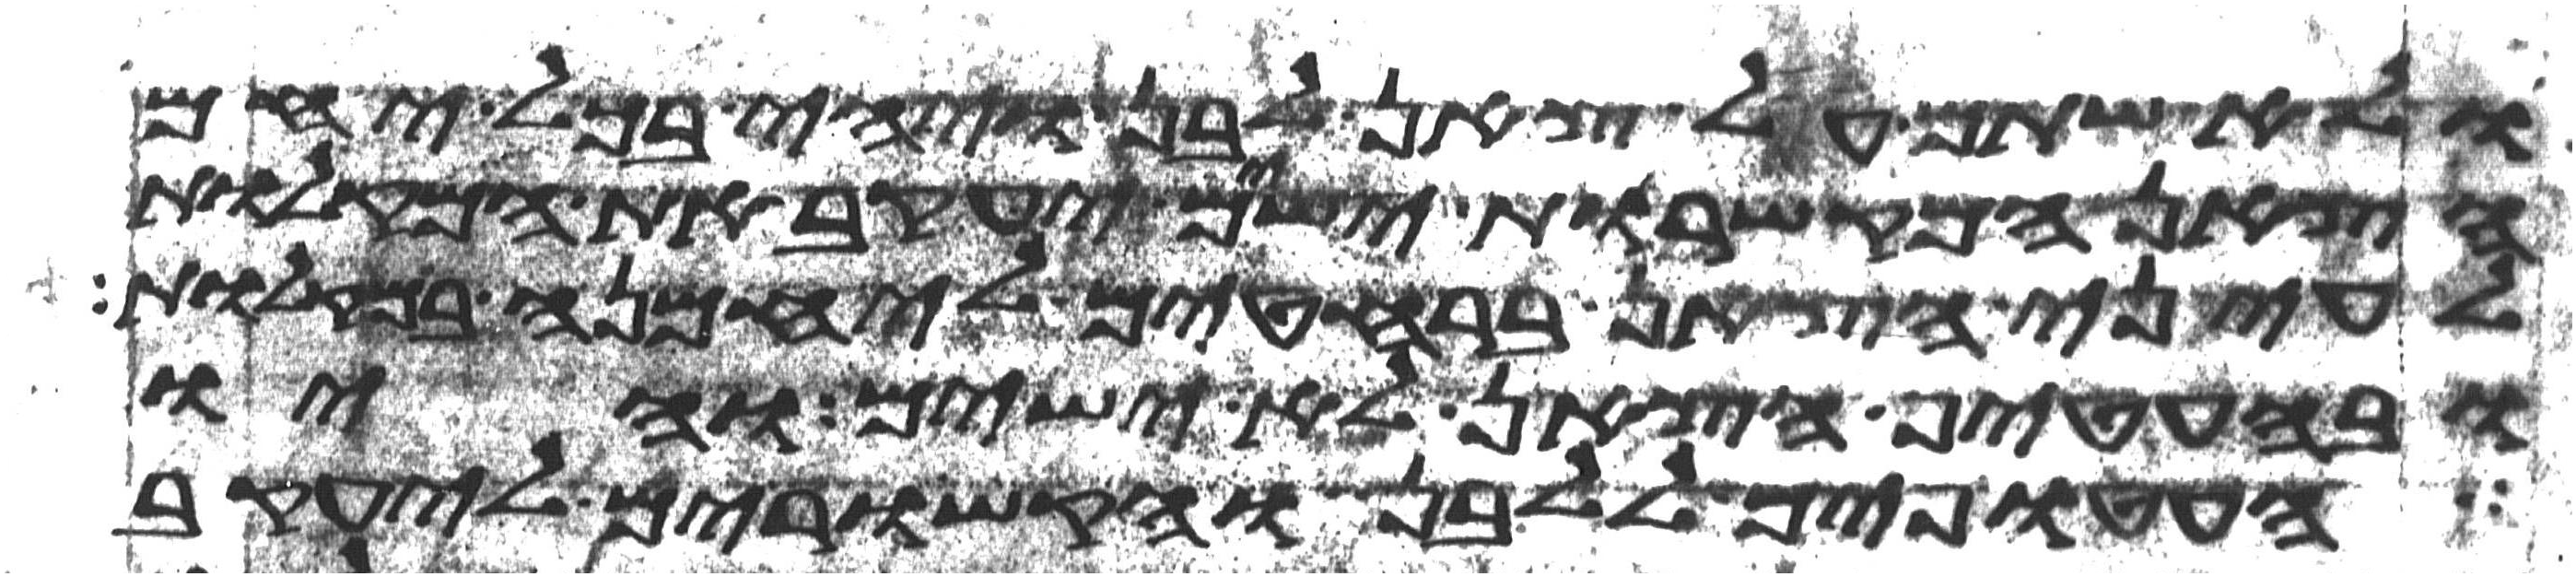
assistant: ולא שתם על צאן לבן ויהי בכל יחם
הצאן המקשרות ישים יעקב את המקלות
לעיני הצאן ברחטים ליחמנה במקלות
ובהעטיף הצאן לא ישים והיו
העטופים ללבן והקשורים ליעקב